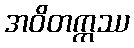
အဝိတက္ကဿ